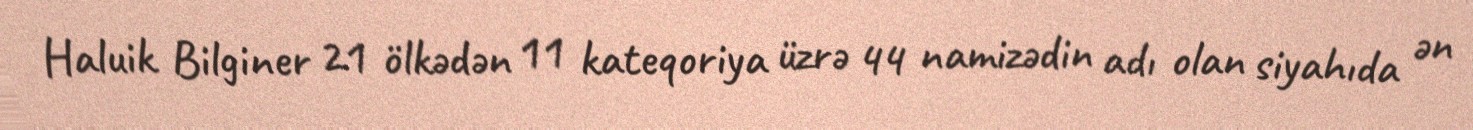
Haluik Bilginer 21 ölkədən 11 kateqoriya üzrə 44 namizədin adı olan siyahıda ən